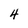
Character: 4